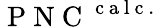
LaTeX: \mathrm{~P~N~C~}^{\mathrm{~c~a~l~c~.~}}